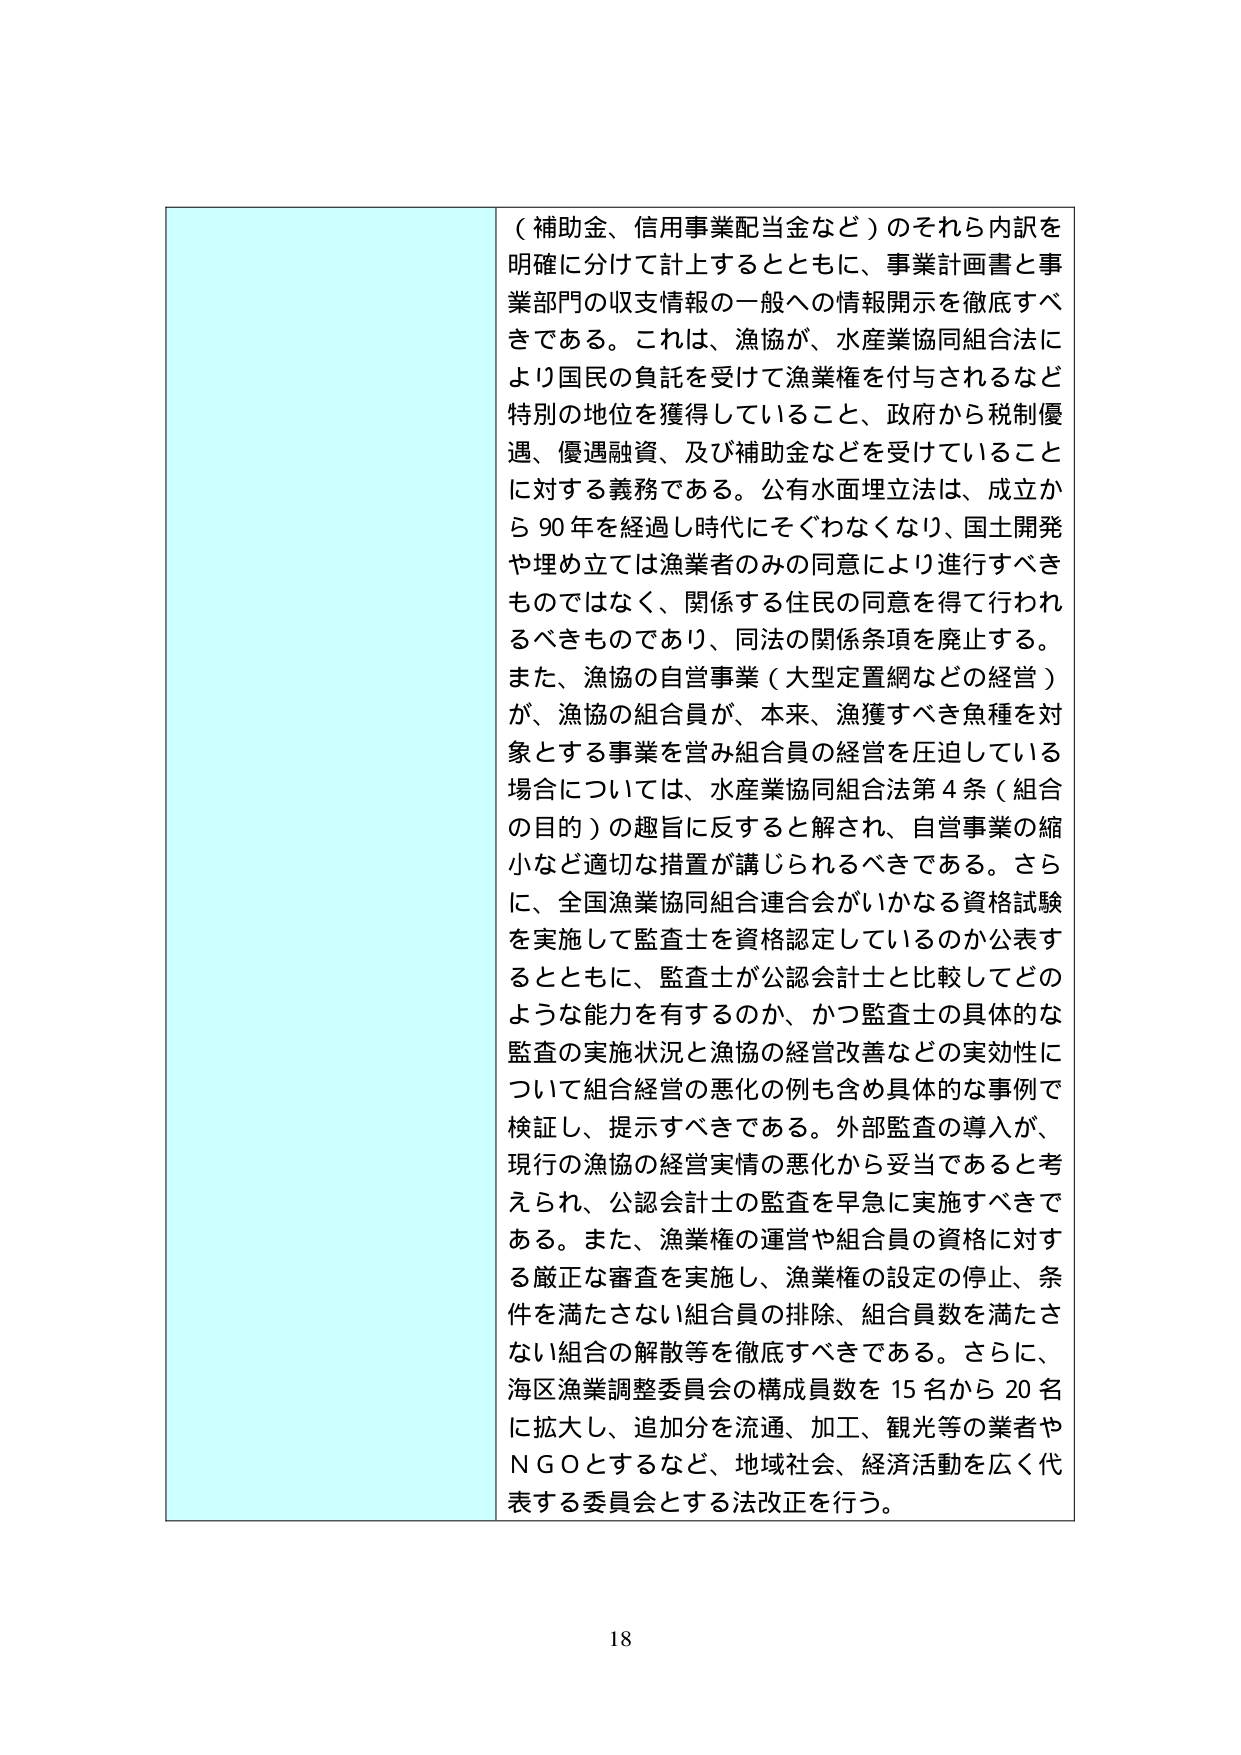
（補助金、信用事業配当金など）のそれら内訳を明確に分けて計上するとともに、事業計画書と事業部門の収支情報の一般への情報開示を徹底すべきである。これは、漁協が、水産業協同組合法により国民の負託を受けて漁業権を付与されるなど特別の地位を獲得していること、政府から税制優遇、優遇融資、及び補助金などを受けていることに対する義務である。公有水面埋立法は、成立から90年を経過し時代にそぐわなくなり、国土開発や埋め立ては漁業者のみの同意により進行すべきものではなく、関係する住民の同意を得て行われるべきものであり、同法の関係条項を廃止する。また、漁協の自営事業（大型定置網などの経営）が、漁協の組合員が、本来、漁獲すべき魚種を対象とする事業を営み組合員の経営を圧迫している場合については、水産業協同組合法第4条（組合の目的）の趣旨に反すると解され、自営事業の縮小など適切な措置が講じられるべきである。さらに、全国漁業協同組合連合会がいかなる資格試験を実施して監査士を資格認定しているのか公表するとともに、監査士が公認会計士と比較してどのような能力を有するのか、かつ監査士の具体的な監査の実施状況と漁協の経営改善などの実効性について組合経営の悪化の例も含め具体的な事例で検証し、提示すべきである。外部監査の導入が、現行の漁協の経営実情の悪化から妥当であると考えられ、公認会計士の監査を早急に実施すべきである。また、漁業権の運営や組合員の資格に対する厳正な審査を実施し、漁業権の設定の停止、条件を満たさない組合員の排除、組合員数を満たさない組合の解散等を徹底すべきである。さらに、海区漁業調整委員会の構成員数を15名から20名に拡大し、追加分を流通、加工、観光等の業者やNGOとするなど、地域社会、経済活動を広く代表する委員会とする法改正を行う。

18